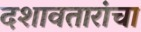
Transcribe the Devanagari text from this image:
दशावतारांचा